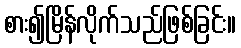
စား၍မြိန်လိုက်သည်ဖြစ်ခြင်း။